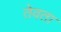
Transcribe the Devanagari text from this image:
तेवता